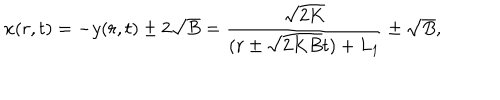
x ( r , t ) = - y ( r , t ) \pm 2 \sqrt { B } = \frac { \sqrt { 2 K } } { ( r \pm \sqrt { 2 K B } t ) + L _ { 1 } } \pm \sqrt { B } ,